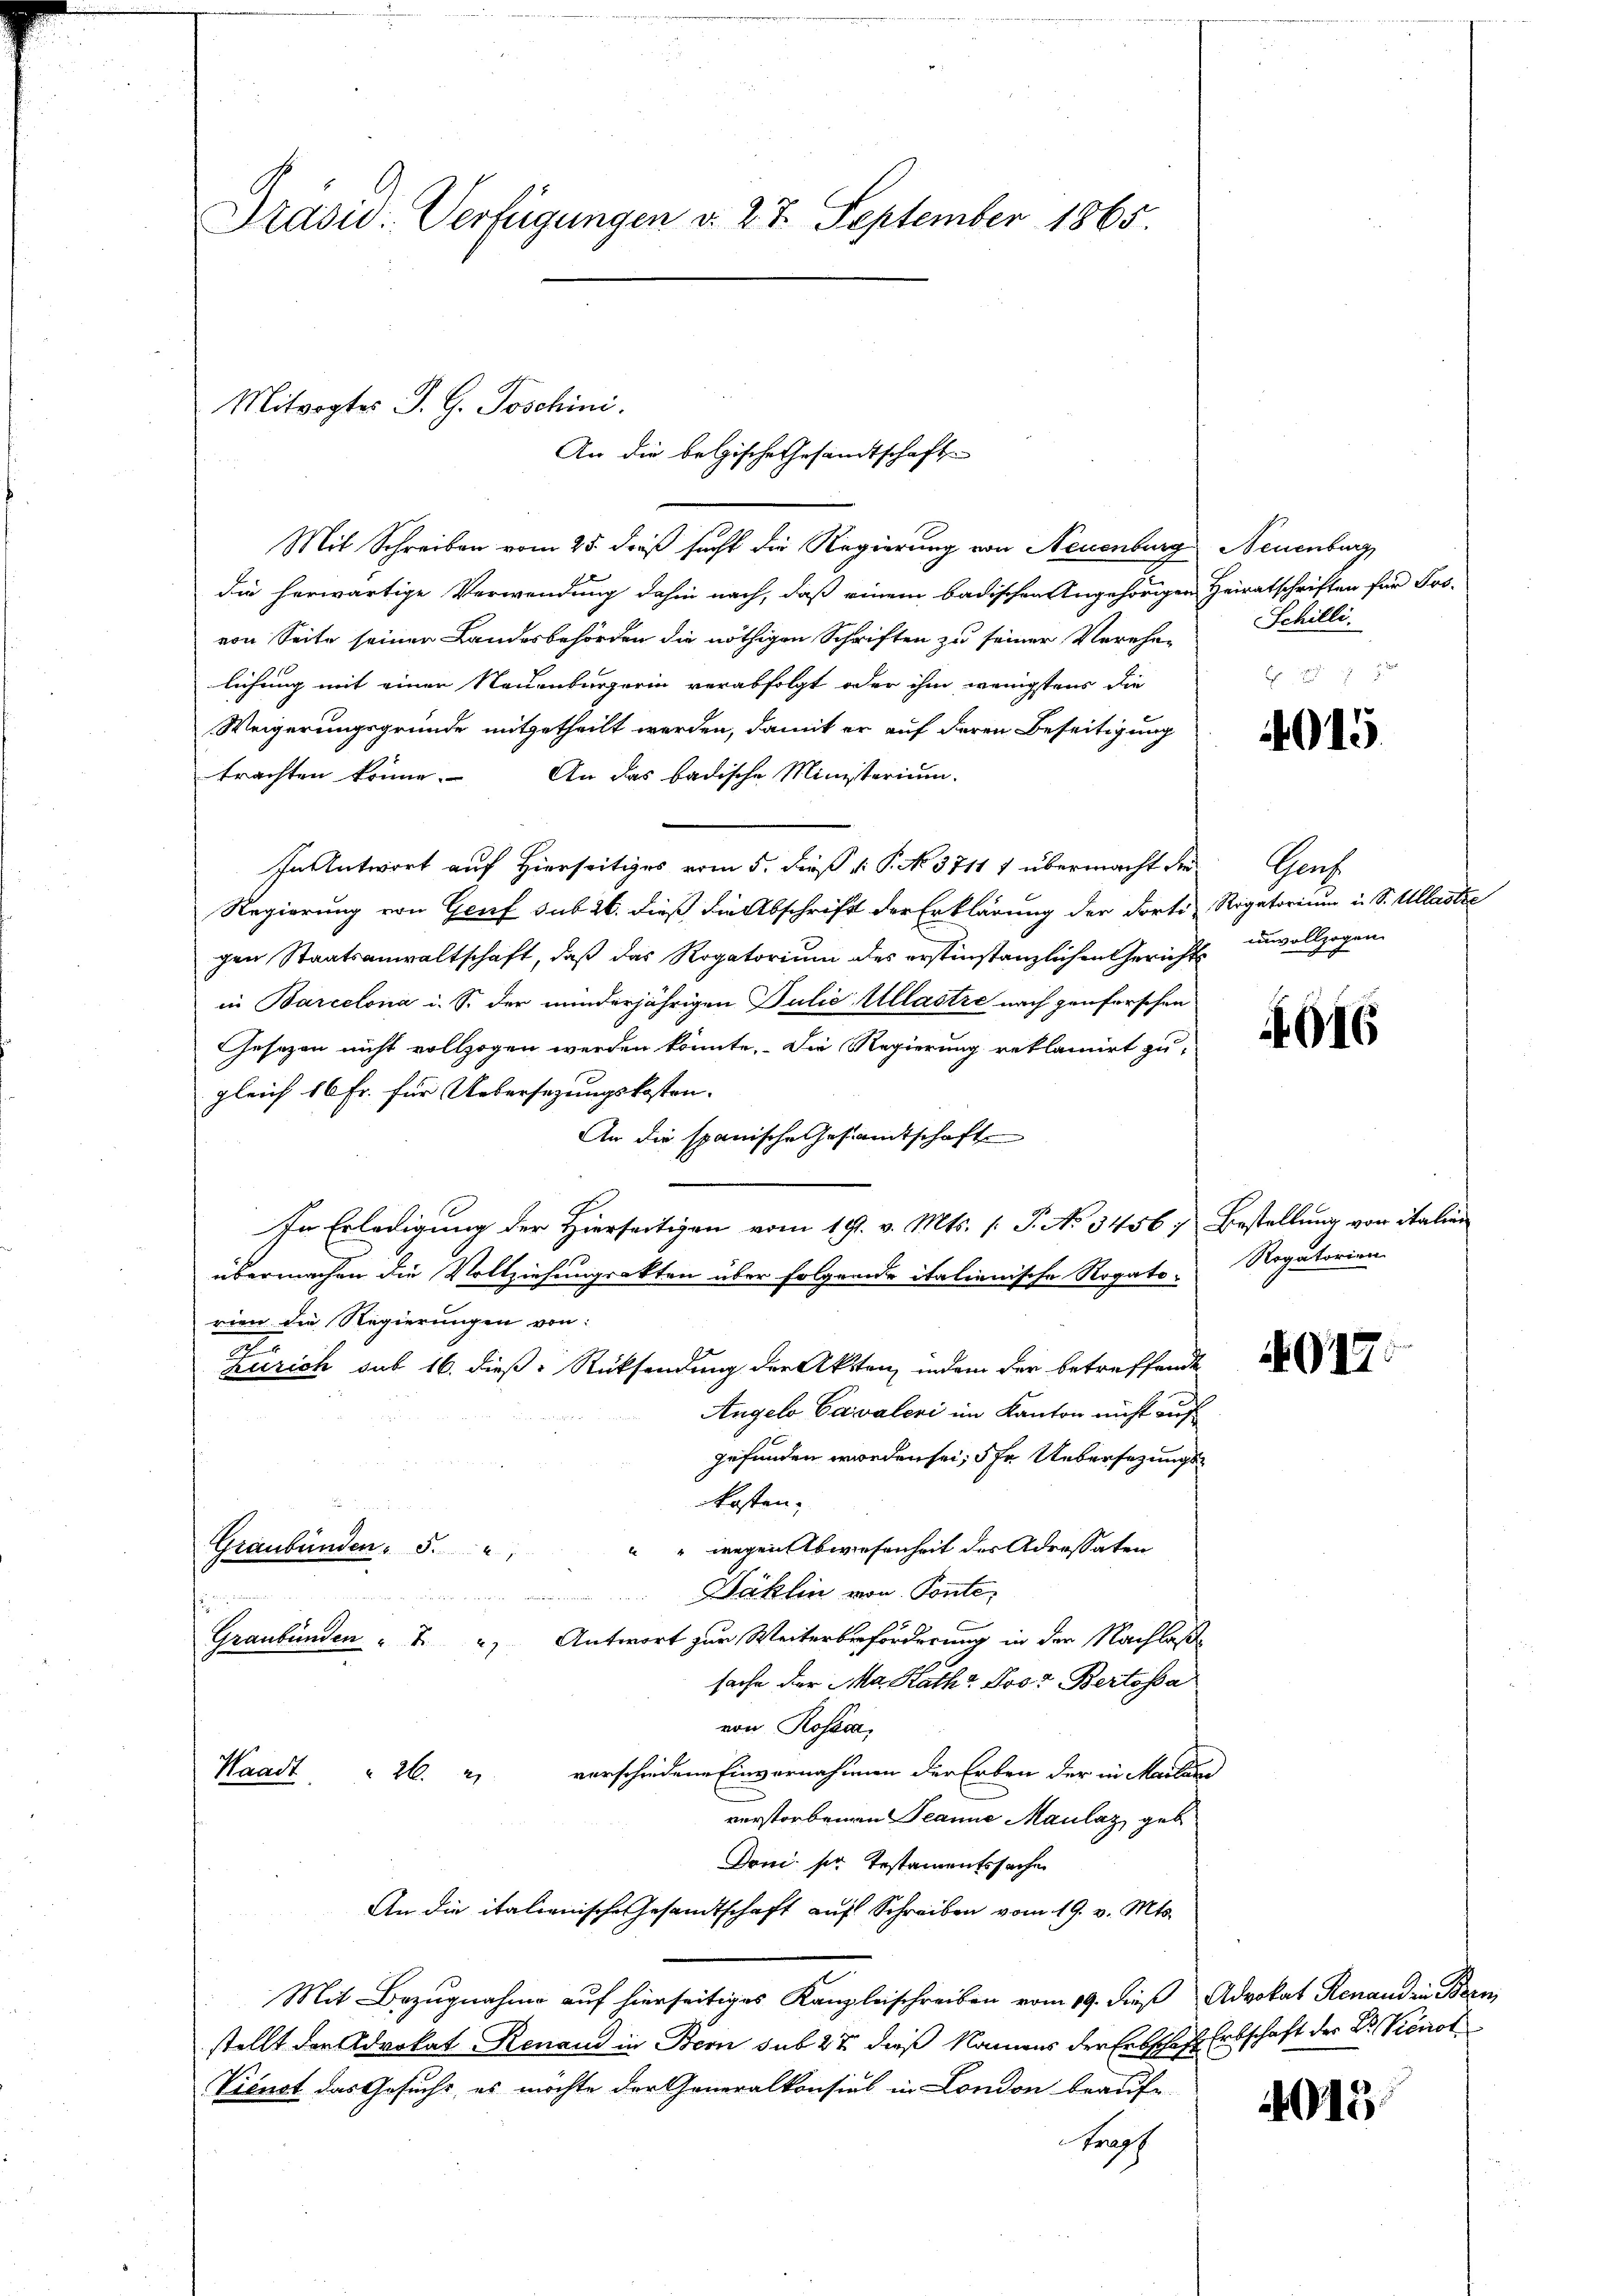
Präsid. Verfügungen d. 27. September 1865.

Mit Schreiben vom 25. dieß sucht die Regierung von Neuenburg Neuenburg
die herwärtige Verwendung dahin nach, daß einem badischen Angehörigen Heiratschriften für Pos-
von Seite seiner Landesbehörden die nöthigen Schriften zu seiner Verehe-
lichung mit einen Neuenburgerin verabfolgt oder ihm wenigstens die
Weigerungsgründe mitgetheilt werden, damit er auf deren Beseitigung
An das badische Ministerium.
trachten könne.
In Antwort auf Hierseitiges vom 5. dieß v. P. N. 3711 1 übermacht die¬
Regierung von Genf sub 26. dieß die Abschrift der Erklärung der dorte Rigatorium u. S. Allaste
gen Staatsanwaltschaft, daß das Rogatorium des erstinstanzlichen Gericht unvoll
in Barcelona i. S. der minderjährigen Julić Ullastre nach genforschen
Gesezen nicht vollzogen werden könnte. Die Regierung reklamirt zu
gleich 16 Fr. für Uebersezungskosten-
An die spanische Gesamtschaft
In Erledigung der Hierseitigen vom 19. v. Mts. (: P. No 3456, Bestellung von italien
übermachen die Vollziehungsakten über folgende italienische Rogato. Regutorien
rien die Regierungen von:
2
Zürich sub 16. dieß: Rücksendung der Akten, indem der betreffende
Angelo Caivaleri im Kanton nicht auf
gefunden worden sei, ihr Uebersezungskosten.
" wegen Abwesenheit der Adressaten
Graubünden " 5.
Däklin von Ponte:
i
Graubünden " " " Antwort zur Weiterbeförderung in der Nachlaße
sache der Mad. Rath Jost Bertosa
von Rosen,
Waadt " 26. 2) verschiedene Einvernahmen der Erben der in Mailan
verstorbenen Jeanne Maulaz, geb
Doni ser Testamentssache
An die italienische Gesandtschaft auf Schreiben vom 19. v. Mts.
Mit Bezugnahme auf hierseitiges Kanzleischreiben vom 19. dieß Advokat Renand in Bren
stellt der Advokat Renaud in Bern sub 27 dieß Namens der Erbschaft Erbschaft der Dr. Könnte
Vienst das Gesucht, es möchte der Generalkonsial in London beaufe
traf

Mitvogtes J. G. Joschini.
An die belgische Gesandtschaft

Schilli

4015

Graf
gen

4016

015

015